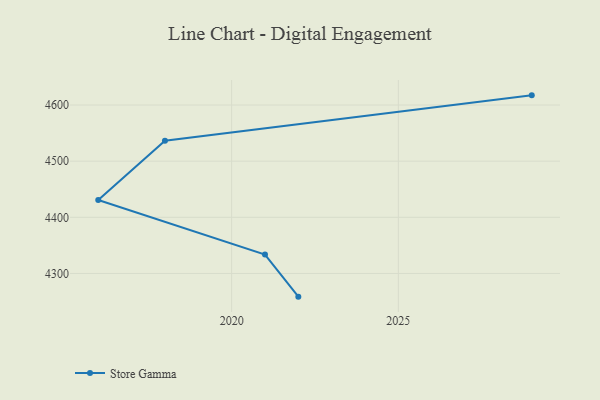
{"axis": {"x": "Year", "y": "Churn Rate (%)"}, "legend": ["Store Gamma"], "data": [{"x": "2022", "y": 4258.7, "type": "Store Gamma"}, {"x": "2021", "y": 4333.7, "type": "Store Gamma"}, {"x": "2016", "y": 4430.7, "type": "Store Gamma"}, {"x": "2018", "y": 4536.3, "type": "Store Gamma"}, {"x": "2029", "y": 4617.2, "type": "Store Gamma"}]}